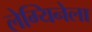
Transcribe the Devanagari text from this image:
लेग्यिनेला